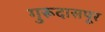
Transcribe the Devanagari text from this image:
गुरूदासपूर